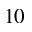
1 0